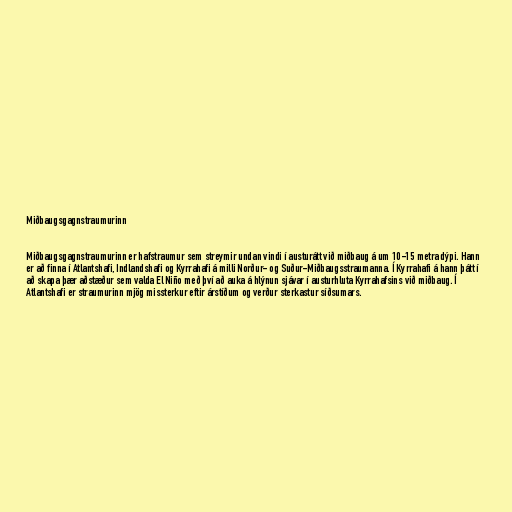
Miðbaugsgagnstraumurinn

Miðbaugsgagnstraumurinn er hafstraumur sem streymir undan vindi í austurátt við miðbaug á um 10-15 metra dýpi. Hann
er að finna í Atlantshafi, Indlandshafi og Kyrrahafi á milli Norður- og Suður-Miðbaugsstraumanna. Í Kyrrahafi á hann þátt í
að skapa þær aðstæður sem valda El Niño með því að auka á hlýnun sjávar í austurhluta Kyrrahafsins við miðbaug. Í
Atlantshafi er straumurinn mjög missterkur eftir árstíðum og verður sterkastur síðsumars.